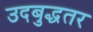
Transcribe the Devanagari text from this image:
उदबुद्धतर